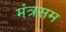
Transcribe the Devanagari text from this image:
मंत्रसम